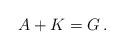
LaTeX: \begin{align*}A+K =G \,.\end{align*}